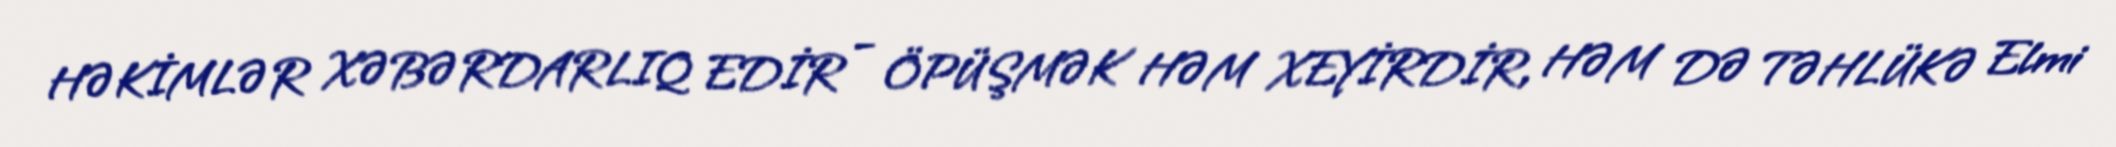
HƏKİMLƏR XƏBƏRDARLIQ EDİR – ÖPÜŞMƏK HƏM XEYİRDİR, HƏM DƏ TƏHLÜKƏ Elmi